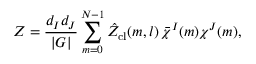
{ \cal Z } = \frac { d _ { I } d _ { J } } { | G | } \sum _ { m = 0 } ^ { N - 1 } \hat { \cal Z } _ { \mathrm { c l } } ( m , l ) \thinspace \bar { \chi } ^ { I } ( m ) \chi ^ { J } ( m ) ,